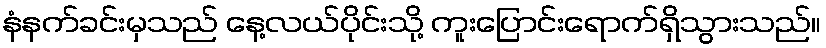
နံနက်ခင်းမှသည် နေ့လယ်ပိုင်းသို့ ကူးပြောင်းရောက်ရှိသွားသည်။